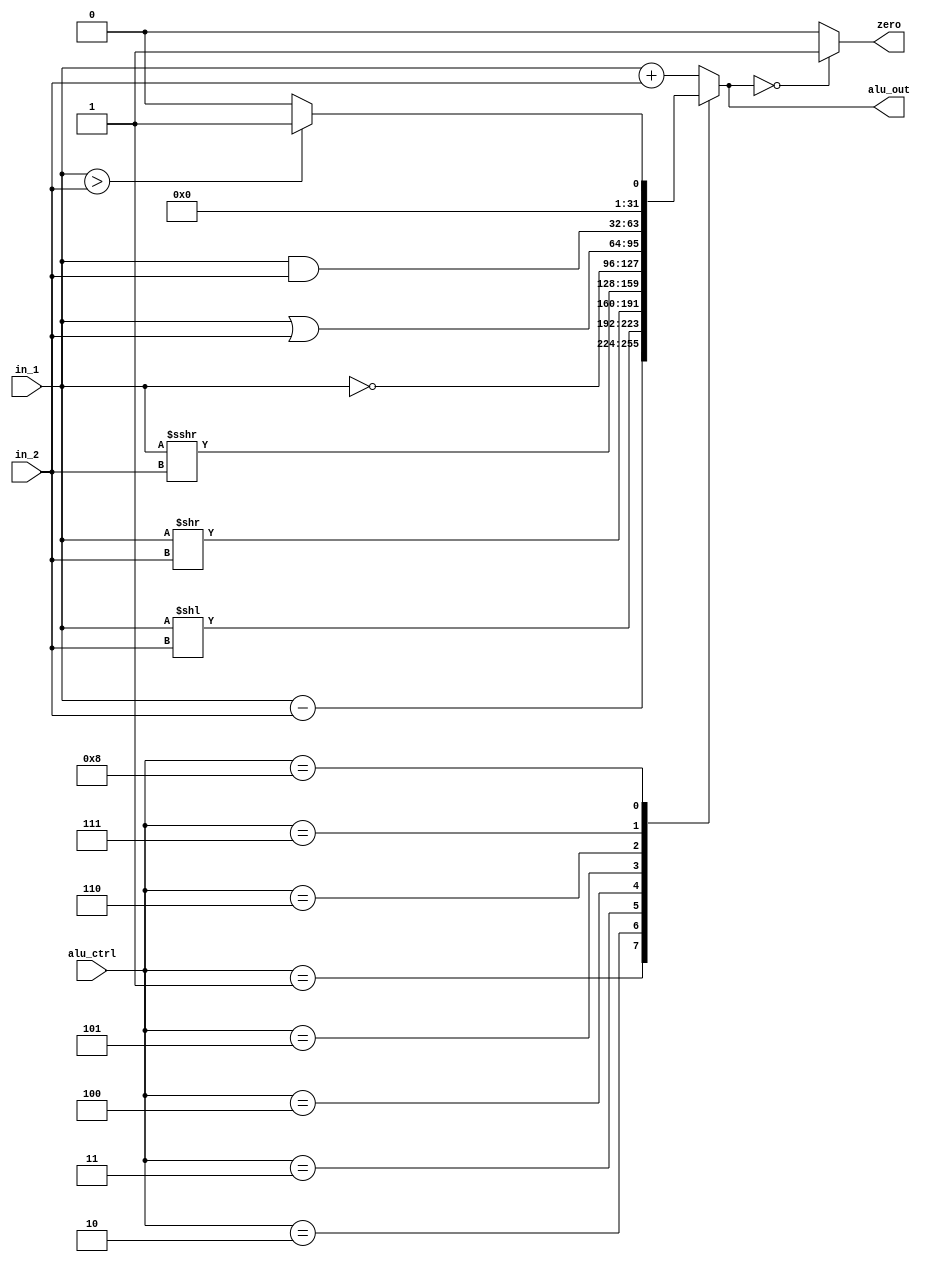
module alu(

input [31:0] in_1,
input [31:0] in_2,
input [3:0] alu_ctrl,

output reg [31:0] alu_out,
output zero

);


always @ (*)
begin
	case (alu_ctrl)
		4'b0000 : alu_out = in_1 + in_2; //add
		4'b0001 : alu_out = in_1 - in_2; //sub
		4'b0010 : alu_out = in_1<< in_2; //shift left
		4'b0011 : alu_out = in_1 >> in_2; //shift right
		4'b0100 : alu_out = $signed(in_1) >>> in_2; //shift arithmatic left (keep the sign)
		4'b0101 : alu_out = ~in_1		 ;	//invert
		4'b0110 : alu_out = in_1 | in_2; //or
		4'b0111 : alu_out = in_1 & in_2; //and
		4'b1000 : begin if (in_1>in_2) alu_out =32'b1; else alu_out = 32'b0; end //compaier
		
		default : alu_out = in_1 + in_2;
	endcase
	
end
assign zero = (alu_out == 32'b0) ? 1'b1 : 1'b0;
		

endmodule